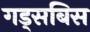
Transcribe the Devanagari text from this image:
गड्सबिस